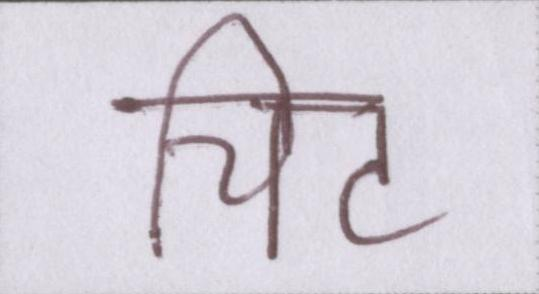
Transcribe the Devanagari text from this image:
चिट